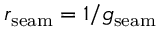
r _ { \mathrm { s e a m } } = 1 / g _ { \mathrm { s e a m } }